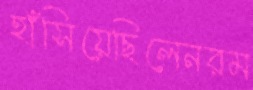
হাঁসিয়েছিলেনরম